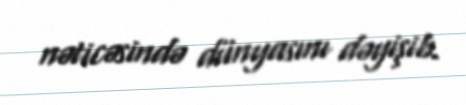
nəticəsində dünyasını dəyişib.